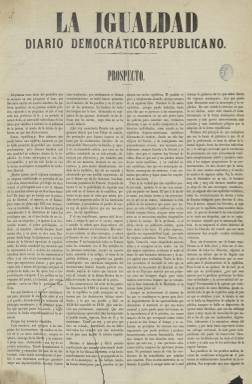
Título: La Igualdad (Madrid. 1868)
Colección: Periódicos
Ámbito geográfico: Madrid
Lugar de publicación: Madrid
Fechas: 11/11/1868-03/11/1880

Está considerado como el órgano de prensa más cualificado del federalismo español del periodo, en el que se verán representadas todas las tendencias del republicanismo, “en la intención, al menos” (Gómez Aparicio: 1971), y representante de “la línea oficial del partido” (Pérez Roldán: 1999), que aparecerá el once de noviembre de 1868 y estará publicándose durante todo el Sexenio Democrático, hasta el 30 de diciembre de 1874, cuando el golpe del general Arsenio Martínez Campos (1831-1900) en Sagunto de paso a la Restauración y sea suspendido al igual que los demás periódicos republicanos, aunque volverá a reaparecer desde el 16 de abril al tres de noviembre de 1880. Será un diario típico de la época, de cuatro páginas, compuesto a cuatro y, después, a cinco columnas, al principio vespertino y estampado en papel de buena calidad y, más tarde, matutino, contando con imprenta propia. Tuvo variaciones en el formato y en el subtítulo, y fue denunciado y suspendido en varias ocasiones.

Aunque se desconoce con exactitud su difusión, fue uno de los de mayor circulación del periodo septembrino, con tiradas que no bajaban de los 15.000 ejemplares , y cuyas suscripciones para provincias –debido a su carácter federal– logran alcanzar hasta el 80 por ciento del total (Seoane: 1996), compartiendo el campo de la prensa republicana con otros dos grandes diarios, como La Discusión (1856), fundada por un entonces filoprogresista y después demócrata “cimbrio” Nicolás María Rivero (1814-1878), y El Pueblo (1860), de Eugenio García Ruiz (1819-1883) y principal exponente del sector “unitarista”, que, tras haber quedado suspendidos, en 1866, por el gobierno de Leopoldo O’Donnell (1809-1867), reaparecen ahora tras la Septembrina.

Los fundadores de La Igualdad fueron el médico José Guisasola Goicoechea (1833-), quien al principio compartió la propiedad con Alfredo Vega, así como Francisco García Padrós. A partir del 18 de mayo de 1869 se refundirá en un sólo periódico con El Amigo del pueblo, el primer periódico democrático federalista que había aparecido tras el triunfo revolucionario, el 30 de septiembre, fundado y dirigido por Francisco García López (1824-1878) y Carlos Martra y Roger (-1879), y que dirigirá también José Paúl y Angulo (1842-1892), en un momento el que este diario tendría una tirada de unos 4.000 ejemplares, que sumará a los 8.600 de La Igualdad, que seguidamente logrará alcanzar hasta los 21.000 ejemplares (Seoane: 1996). Con la unificación de ambas redacciones, “logró el más completo conjunto de escritores republicanos” de aquél tiempo (Gómez Aparicio: 1971).

En la redacción de La Igualdad se darán cita “las más relevantes figuras de la intelectualidad republicana” (Gómez Aparicio: 1971). Entre quienes lo dirigieron se encontraron Estanislao Figueras (1819-1882), Adolfo Joarizti (1835-1871), José María Orense (1803-1880), los citados Martra y García López, así como el médico Ramón Cala (1827-1902), Andrés Mellado (1846-1913) y el citado Paúl y Angulo, estos tres procedentes de la redacción de El Amigo del pueblo. El último, después de vender parte de su propiedad de La Igualdad, pasaría a fundar y dirigir el “intransigente” El Combate, de corta vida, desde el uno al 25 de diciembre de 1870, de los que serán también redactores los citados Guisasola y Cala, entre otros, pero éste volverá a reaparecer entre el uno de febrero y el 27 de septiembre de 1872, pero ya sin Paúl y Angulo.

Entre los redactores de La Igualdad estuvieron Fernando Garrido (1821-1883), Juan Sala Escalada (-1891), César Ordax -Avecilla (1844-1917), Francisco Bañares (-1884) o Juan Escobar Moreno, y entre sus colaboradores, Francisco Pi y Margall (1824-1901), Roque Barcia (1823-1885), Eduardo Chao (1822-1887), Luis Blanc o los generales y hermanos Blas y Fernando Pierrad, así como los citados Martra y Roger y Nicolás Salmerón (1838-1908), procedentes también estos dos últimos de la redacción de El Amigo del pueblo, entre otros muchos. En su primer número, el periódico inserta bajo su cabecera la nómina de sus redactores y colaboradores. Excepto alguno, todos ellos mantuvieron una estrecha relación con el periodismo, la vida política, revolucionaria e institucional.

La Igualdad fue un periódico antimonárquico, anticlerical y antimilitarista, “prototipo del periodismo de opinión”, cuyos artículos de fondo ocupan un gran espacio y cuyas noticias son siempre comentadas e interpretadas (Seoane: 1996). Solía insertar los manifiestos e instrucciones de los dirigentes del republicanismo, movimiento que protagonizará una insurrección a partir de octubre de 1869, momento en el que su tirada alcanzaría los 36.000 ejemplares, siendo suspendido desde el 13 de ese mes hasta el uno de diciembre de ese año (Seoane: 1996). Movimiento que celebrará su primera Asamblea Federal en marzo de 1870, constituyéndose el Partido Republicano Democrático Federal, cuyo presidente será Pi y Margall. Dos meses después, el siete de mayo, los periódicos republicanos insertarán la denominada Declaración antipactista, crítica con Pi y sus ideas socialistas, momento en el que Mellado fue cesado y sustituido en la dirección de La Igualdad por Manuel Francisco Paúl y Picardo (1834-), y seguidamente por Eduardo Benot (1822-1902).

Hasta dos días después, el 29 de diciembre de 1870, no aparecería en las páginas de La Igualdad ninguna alusión al atentado mortal del general Juan Prim (1814-1870), y cuando lo haga será a través de la reproducción escueta de la noticia ofrecida por otros periódicos. El dos de enero de 1871 publicará una “cruel bienvenida” al rey Amadeo, y los otrora ataques a Prim los lanzará ahora contra Manuel Ruiz Zorrilla (1833-1895). Ante las acusaciones de culpabilidad por el magnicidio, Paúl y Angulo y Guisasola tuvieron que abandonar definitivamente España, y Roque Barcia, por su parte, negará en un artículo publicado en La Igualdad, el 21 de febrero de 1871, la relación de los federalistas con el magnicidio del general.

Tras la II Asamblea Federal, celebrada en abril de 1871, La Igualdad continuó siendo portavoz de los denominados “intransigentes”, de Pi y Margall, mientras que La Discusión lo será de los “benévolos”, de Emilio Castelar (1832-1899), que en junio de ese año apoyarán al gobierno del Partido Demócrata Radical, presidido por Ruiz Zorrilla.

Para este título véanse además los artículos de Enrique Giménez (1975) y de Carmen Pérez Roldán (1999) y la tesis doctoral (2003) de esta última sobre el republicanismo madrileño del sexenio (1868-1874).